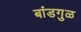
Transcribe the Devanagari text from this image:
बांडगुळ